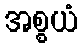
အစ္စယံ